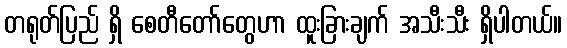
တရုတ်ပြည် ရှိ စေတီတော်တွေဟာ ထူးခြားချက် အသီးသီး ရှိပါတယ်။